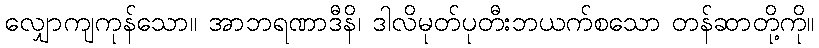
လျှောကျကုန်သော။ အာဘရဏာဒီနိ၊ ဒါလိမုတ်ပုတီးဘယက်စသော တန်ဆာတို့ကို။